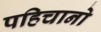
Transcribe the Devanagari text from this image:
पहिचानो